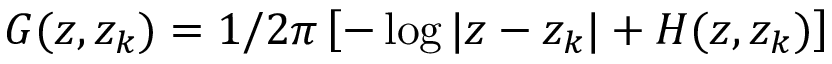
G ( z , z _ { k } ) = 1 / 2 \pi \left[ - \log | z - z _ { k } | + H ( z , z _ { k } ) \right]